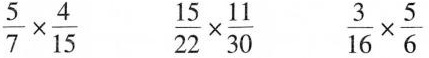
$$ \frac{5}{7} \times \frac{4}{15} $$ $$ \frac{15}{22} \times \frac{11}{30} $$ $$ \frac{3}{16} \times \frac{5}{6} $$